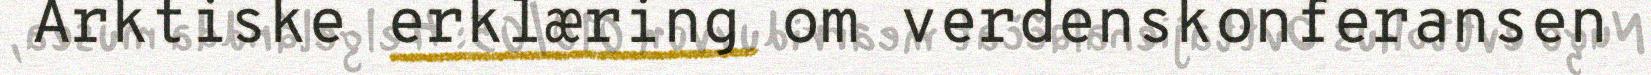
Arktiske erklæring om verdenskonferansen